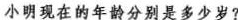
小明现在的年龄分别是多少岁?